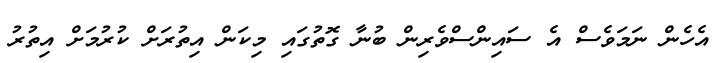
އެހެން ނަމަވެސް އެ ސައިންސްވެރިން ބުނާ ގޮތުގައި މިކަން އިތުރަށް ކުރުމަށް އިތުރު